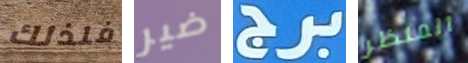
فلذلك ضير برج المنظر